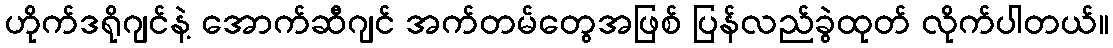
ဟိုက်ဒရိုဂျင်နဲ့ အောက်ဆီဂျင် အက်တမ်တွေအဖြစ် ပြန်လည်ခွဲထုတ် လိုက်ပါတယ်။